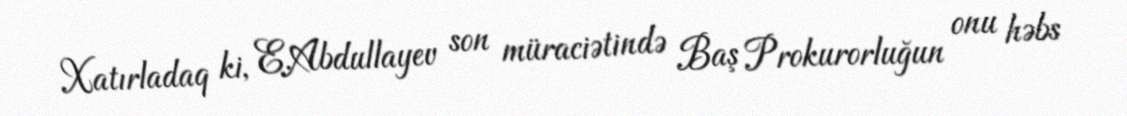
Xatırladaq ki, E.Abdullayev son müraciətində Baş Prokurorluğun onu həbs